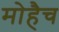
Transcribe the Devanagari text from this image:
मोहैच